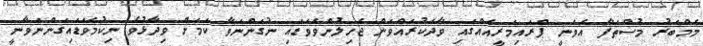
މެމްބަރު މުސްތަފާ އެވަނީ ޕްރައިމަރީއެއްގައި ވާދަކުރައްވަން ޖެހިލުންވެވަޑައި ނުގަންނަވާ ކަމަށް ވިދާޅުވެ ނިކުމެވަޑައިގަންނަވާނީ